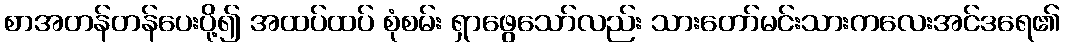
စာအတန်တန်ပေးပို့၍ အထပ်ထပ် စုံစမ်း ရှာဖွေသော်လည်း သားတော်မင်းသားကလေးအင်ဒရေ၏